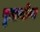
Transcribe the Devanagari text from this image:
पूजायोग्य